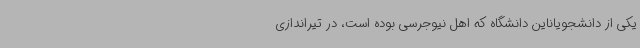
یکی از دانشجویاناین دانشگاه که اهل نیوجرسی بوده است، در تیراندازی